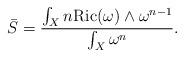
LaTeX: \begin{align*}\bar{S}=\frac{\int_{X} n\mathrm{Ric}(\omega)\wedge \omega^{n-1}}{\int_{X} \omega^{n}}.\end{align*}